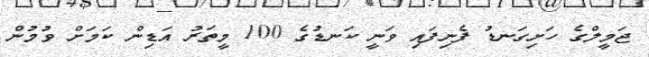
ޖަމީލްގެ ހަށިގަނޑު ފެނިފައި ވަނީ ކަނޑުގެ 100 މީތަރު އަޑިން ކަމަށް ވުމުން